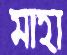
মাহা